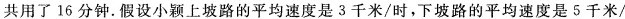
共用了16分钟.假设小颖上坡路的平均速度是3千米/时，下坡路的平均速度是5千米/